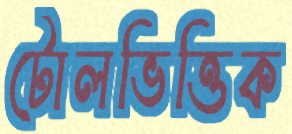
টোলভিত্তিক